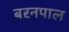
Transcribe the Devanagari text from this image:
बरनपाल